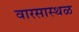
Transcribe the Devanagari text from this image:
वारसास्थळ